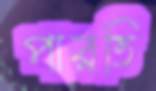
পারতি